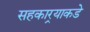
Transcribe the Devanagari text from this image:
सहकार्‍याकडे